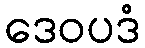
ဒေဝပဒံ